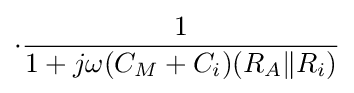
\cdot {\frac {1}{1+j\omega (C_{M}+C_{i})(R_{A}\|R_{i})}}\,\!